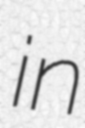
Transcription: in